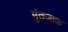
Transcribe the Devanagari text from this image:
मुंतजाक